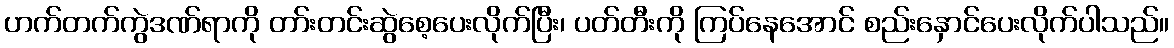
ဟက်တက်ကွဲဒဏ်ရာကို တာ်းတင်းဆွဲစေ့ပေးလိုက်ပြီး၊ ပတ်တီးကို ကြပ်နေအောင် စည်းနှောင်ပေးလိုက်ပါသည်။